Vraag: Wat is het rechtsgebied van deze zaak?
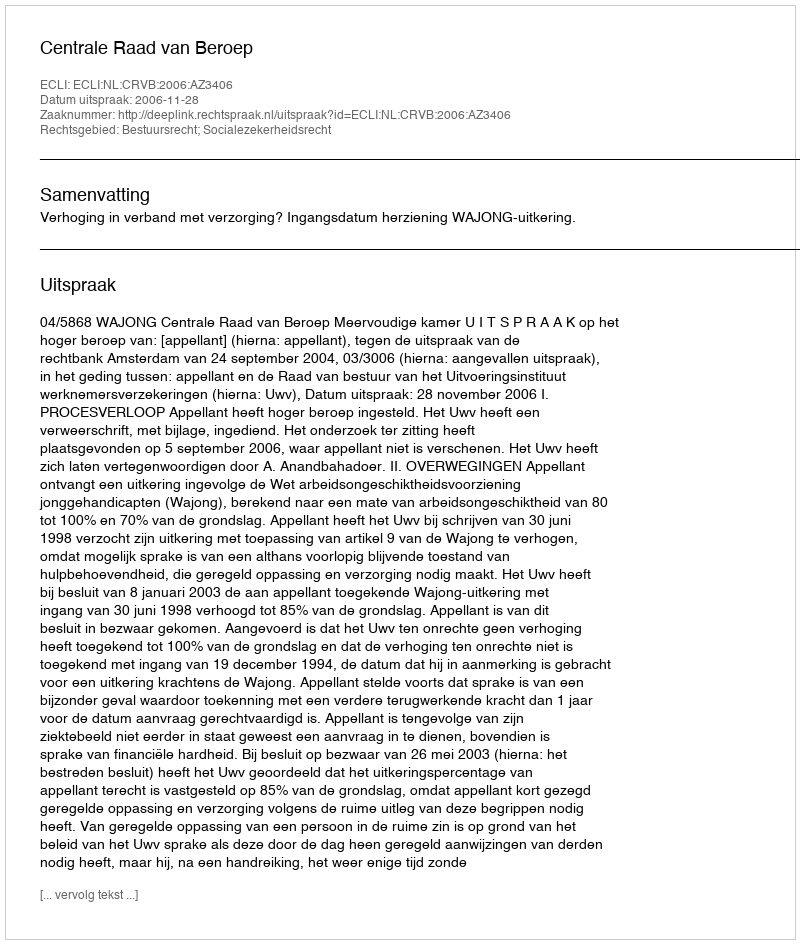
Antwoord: Bestuursrecht; Socialezekerheidsrecht